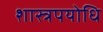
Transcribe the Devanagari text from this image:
शास्त्रपयोधि